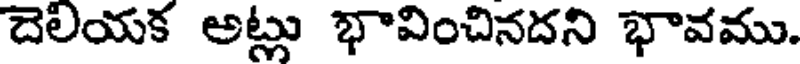
దెలియక అట్లు భావించినదని భావము.